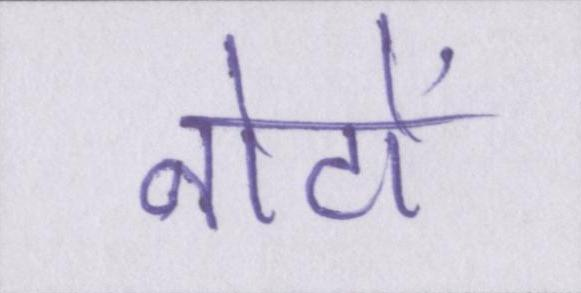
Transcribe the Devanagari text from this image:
नोटों